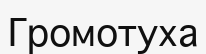
Громотуха